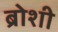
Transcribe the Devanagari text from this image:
ब्रोशी